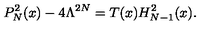
P _ { N } ^ { 2 } ( x ) - 4 \Lambda ^ { 2 N } = T ( x ) H _ { N - 1 } ^ { 2 } ( x ) .